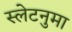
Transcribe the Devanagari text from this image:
स्लेटनुमा